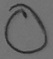
Text: O